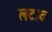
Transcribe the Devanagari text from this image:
लटाव